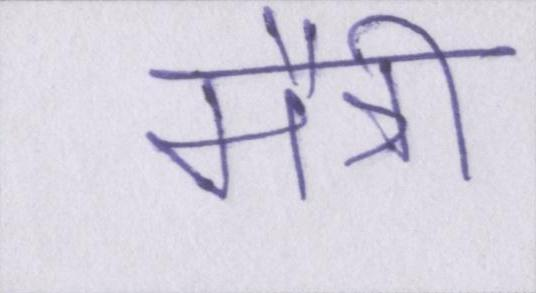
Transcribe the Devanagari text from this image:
मैत्री